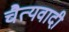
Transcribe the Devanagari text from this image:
चैत्यवादी